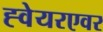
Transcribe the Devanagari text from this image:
ह्वेयरएवर